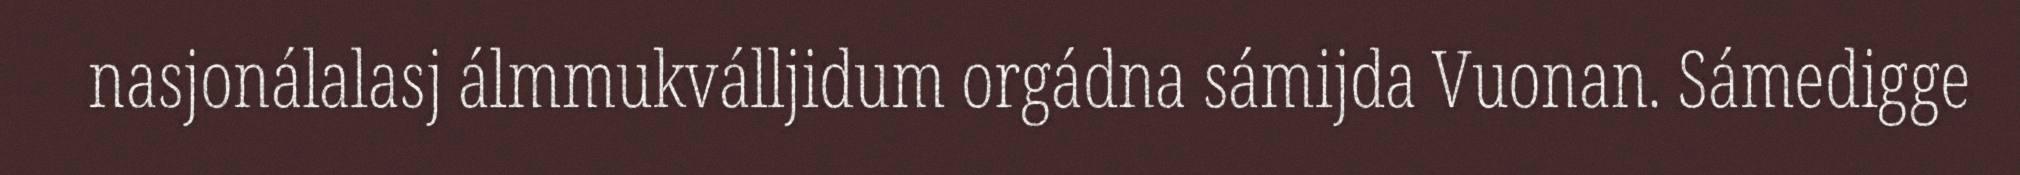
nasjonálalasj álmmukválljidum orgádna sámijda Vuonan. Sámedigge